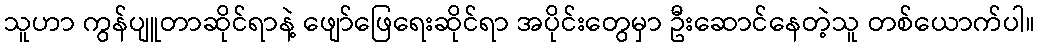
သူဟာ ကွန်ပျူတာဆိုင်ရာနဲ့ ဖျော်ဖြေရေးဆိုင်ရာ အပိုင်းတွေမှာ ဦးဆောင်နေတဲ့သူ တစ်ယောက်ပါ။